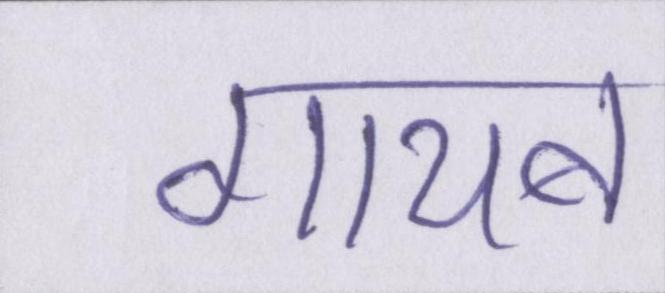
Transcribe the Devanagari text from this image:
गायब